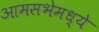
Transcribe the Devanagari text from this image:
आमसभेमध्ये